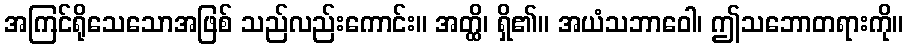
အကြင်ရိုသေသောအဖြစ် သည်လည်းကောင်း။ အတ္ထိ၊ ရှိ၏။ အယံသဘာဝေါ၊ ဤသဘောတရားကို။